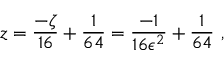
z = \frac { - \zeta } { 1 6 } + \frac { 1 } { 6 4 } = \frac { - 1 } { 1 6 \epsilon ^ { 2 } } + \frac { 1 } { 6 4 } \ ,